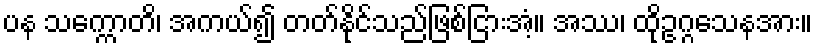
ပန သက္ကောတိ၊ အကယ်၍ တတ်နိုင်သည်ဖြစ်ငြားအံ့။ အဿ၊ ထိုဥဂ္ဂသေနအား။